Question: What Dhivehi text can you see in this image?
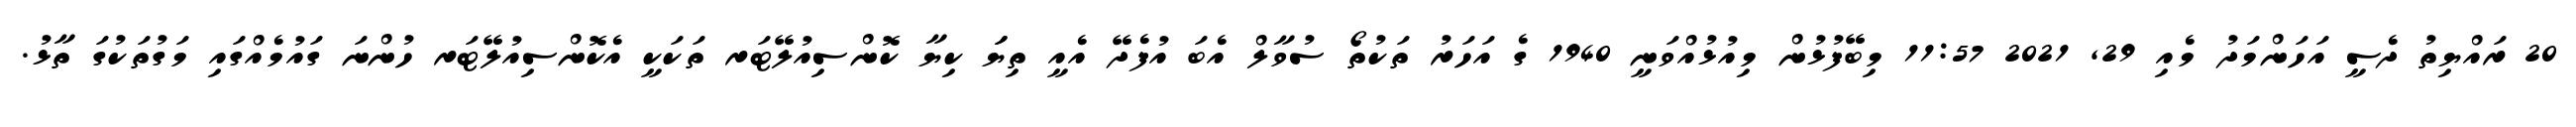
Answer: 20 ރައްޔިތު ދެސީ އަހަންމަދު މެއި 29, 2021 11:57 މިބޭފުޅުން މިއުޅުއްވަނީ 1940 ގެ އަހަރު ތަކުތޯ ސުވާލް އެބަ އުފެދޭ އެއީ ތިޔަަ ކިޔާ ކޮންސިއުލޭޓަރ ތަކަކީ އެކޮންސިއުލޭޓަރ ހުންނަ ގައުމެއްގައި މަގުތަކުގަ ތާޅު.